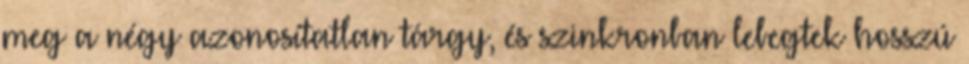
meg a négy azonosítatlan tárgy, és szinkronban lebegtek hosszú